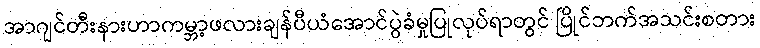
အာဂျင်တီးနားဟာကမ္ဘာ့ဖလားချန်ပီယံအောင်ပွဲခံမှုပြုလုပ်ရာတွင် ပြိုင်ဘက်အသင်းစတား